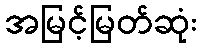
အမြင့်မြတ်ဆုံး